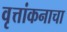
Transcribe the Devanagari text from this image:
वृत्तांकनाचा